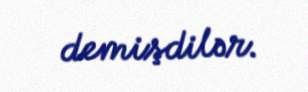
demişdilər.